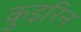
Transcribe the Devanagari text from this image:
कुइरिन